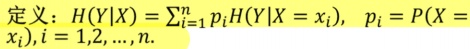
定义：$H(Y|X) = \sum_{i = 1}^{n} p_i H(Y|X = x_i),\ p_i = P(X = x_i), i = 1,2,\cdots, n.$